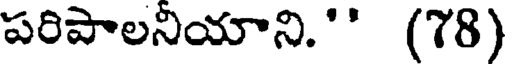
పరిపాలనియాని.'' (78)